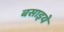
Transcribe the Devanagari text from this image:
बसाइये